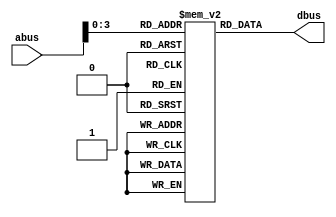
module InstructionMemory (
    input [4:0] abus,
    output reg [7:0] dbus
);
    reg [7:0] im_array [0:12];
    
    always @(abus)
        dbus = im_array[abus];
    
    initial begin
        im_array[0] = 8'h00; // Initialize Accumulator with 0 and do addition with content of DataMemory at address 0.
        im_array[1] = 8'h21; // Subtract content of accumulator with content of DataMemory at address 1.
        im_array[2] = 8'h42; // Logical AND of accumulator with content of DataMemory at address 2.
        im_array[3] = 8'h63; // Logical OR of accumulator with content of DataMemory at address 3.
        im_array[4] = 8'h84; // Bitwise complement of content of DataMemory at address 4.
        im_array[5] = 8'hA5; // Logical XOR of accumulator with content of DataMemory at address 5.
        im_array[6] = 8'hC6; // Logical XNOR of accumulator with content of DataMemory at address 6.
        im_array[7] = 8'h07; // No operation.
        im_array[8] = 8'h28; // Store content of accumulator into DataMemory at address 8.
        im_array[9] = 8'h49; // Load content of DataMemory at address 9 into accumulator.
        im_array[10] = 8'h8A; // Load content of DataMemory at address 10 into accumulator.
        im_array[11] = 8'hCB; // Load content of DataMemory at address 11 into accumulator.
        im_array[12] = 8'h0C; // Halt.
    end
endmodule